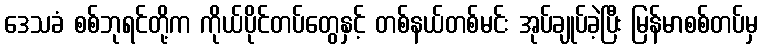
ဒေသခံ စစ်ဘုရင်တို့က ကိုယ်ပိုင်တပ်တွေနှင့် တစ်နယ်တစ်မင်း အုပ်ချုပ်ခဲ့ပြီး မြန်မာစစ်တပ်မှ